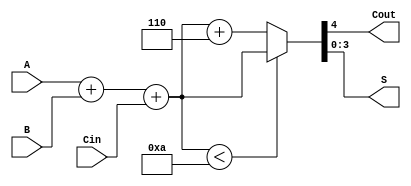
module bcd_add(A,B,Cin,Cout,S);
input[3:0]A,B;
input Cin;
output reg Cout;
output reg [3:0]S;
reg [4:0]D;
always @ (*)
begin
D=A+B+Cin;
if (D<10)
{Cout,S}=D;
else
{Cout,S}=D+6;
end
endmodule